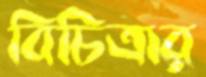
বিচিত্রার